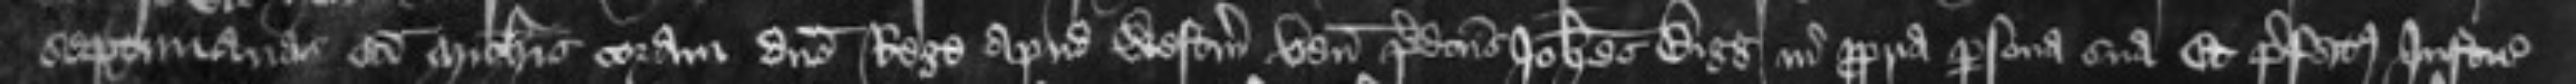
septimanas sancti Michaelis coram domino Rege apud Westmonasterium venit predictus Johannes Bigg in propria persona sua Et prefatus Justiciarius